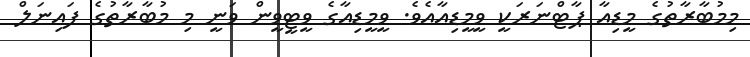
މިމުބާރާތުގެ މީޑިއާ ޕާޓްނަރަކީ ވީމީޑިއާއެވެ. ވީމީޑިއާގެ ވީޓީވީން ވަނީ މި މުބާރާތުގެ ފައިނަލް